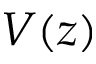
V ( z )